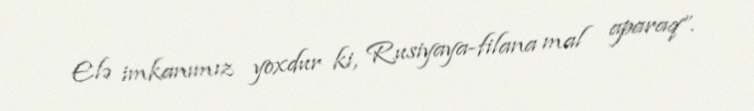
Elə imkanımız yoxdur ki, Rusiyaya-filana mal aparaq”.